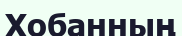
Хобанның